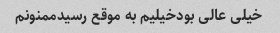
خیلی عالی بودخیلیم به موقع رسیدممنونم